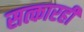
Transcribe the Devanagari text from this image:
सत्कारही